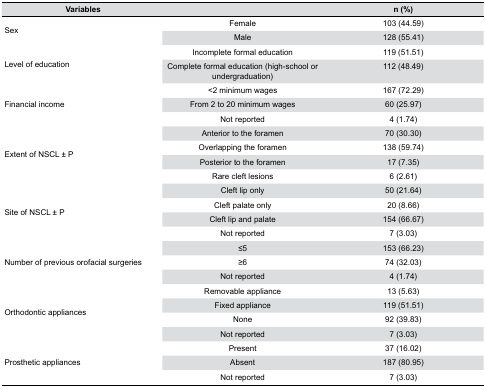
<table><thead><tr><td><b>Variables</b></td><td></td><td><b>n (%)</b></td></tr></thead><tbody><tr><td>Sex</td><td>Female</td><td>103 (44.59)</td></tr><tr><td></td><td>Male</td><td>128 (55.41)</td></tr><tr><td></td><td>Incomplete formal education</td><td>119 (51.51)</td></tr><tr><td>Level of education</td><td>Complete formal education (high-school or undergraduation)</td><td>112 (48.49)</td></tr><tr><td></td><td>&lt;2 minimum wages</td><td>167 (72.29)</td></tr><tr><td>Financial income</td><td>From 2 to 20 minimum wages</td><td>60 (25.97)</td></tr><tr><td></td><td>Not reported</td><td>4 (1.74)</td></tr><tr><td></td><td>Anterior to the foramen</td><td>70 (30.30)</td></tr><tr><td>Extent of NSCL ± P</td><td>Overlapping the foramen</td><td>138 (59.74)</td></tr><tr><td></td><td>Posterior to the foramen</td><td>17 (7.35)</td></tr><tr><td></td><td>Rare cleft lesions</td><td>6 (2.61)</td></tr><tr><td></td><td>Cleft lip only</td><td>50 (21.64)</td></tr><tr><td>Site of NSCL ± P</td><td>Cleft palate only</td><td>20 (8.66)</td></tr><tr><td></td><td>Cleft lip and palate</td><td>154 (66.67)</td></tr><tr><td></td><td>Not reported</td><td>7 (3.03)</td></tr><tr><td></td><td>≤5</td><td>153 (66.23)</td></tr><tr><td>Number of previous orofacial surgeries</td><td>≥6</td><td>74 (32.03)</td></tr><tr><td></td><td>Not reported</td><td>4 (1.74)</td></tr><tr><td></td><td>Removable appliance</td><td>13 (5.63)</td></tr><tr><td>Orthodontic appliances</td><td>Fixed appliance</td><td>119 (51.51)</td></tr><tr><td></td><td>None</td><td>92 (39.83)</td></tr><tr><td></td><td>Not reported</td><td>7 (3.03)</td></tr><tr><td></td><td>Present</td><td>37 (16.02)</td></tr><tr><td>Prosthetic appliances</td><td>Absent</td><td>187 (80.95)</td></tr><tr><td></td><td>Not reported</td><td>7 (3.03)</td></tr></tbody></table>